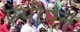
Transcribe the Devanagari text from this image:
एपीपेन